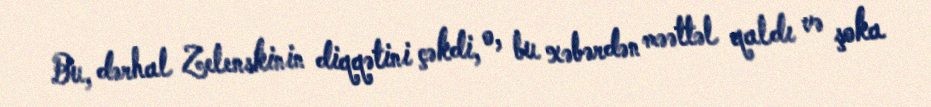
Bu, dərhal Zelenskinin diqqətini çəkdi, o, bu xəbərdən məəttəl qaldı və şoka